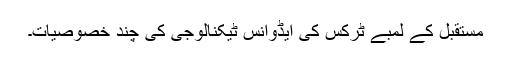
مستقبل کے لمبے ٹرکس کی ایڈوانس ٹیکنالوجی کی چند خصوصیات۔